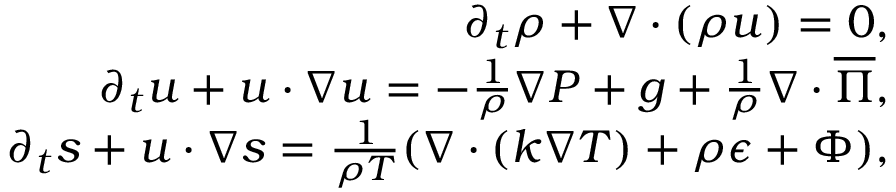
\begin{array} { r } { \partial _ { t } \rho + \ensuremath { \nabla } \cdot ( \rho \ensuremath { \boldsymbol } { u } ) = 0 , } \\ { \partial _ { t } \ensuremath { \boldsymbol } { u } + \ensuremath { \boldsymbol } { u } \cdot \ensuremath { \nabla } \ensuremath { \boldsymbol } { u } = - \frac { 1 } { \rho } \ensuremath { \nabla } P + \ensuremath { \boldsymbol } { g } + \frac { 1 } { \rho } \ensuremath { \nabla } \cdot \ensuremath { \boldsymbol } { \overline { { \Pi } } } , } \\ { \partial _ { t } s + \ensuremath { \boldsymbol } { u } \cdot \ensuremath { \nabla } s = \frac { 1 } { \rho T } ( \ensuremath { \nabla } \cdot ( k \ensuremath { \nabla } T ) + \rho \epsilon + \Phi ) , } \end{array}